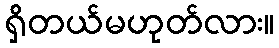
ရှိတယ်မဟုတ်လား။